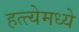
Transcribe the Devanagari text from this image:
हत्त्येमध्ये